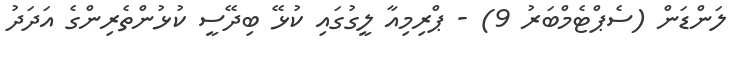
ލަންޑަން (ސެޕްޓެމްބަރު 9) - ޕްރިމިއާ ލީގުގައި ކުޅޭ ބިދޭސީ ކުޅުންތެރިންގެ އަދަދު